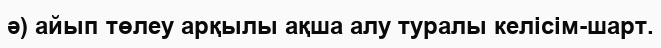
ә) айып төлеу арқылы ақша алу туралы келісім-шарт.